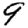
Digit: 9